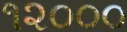
૧૨૦૦૦